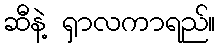
ဆီနဲ့ ရှာလကာရည်။